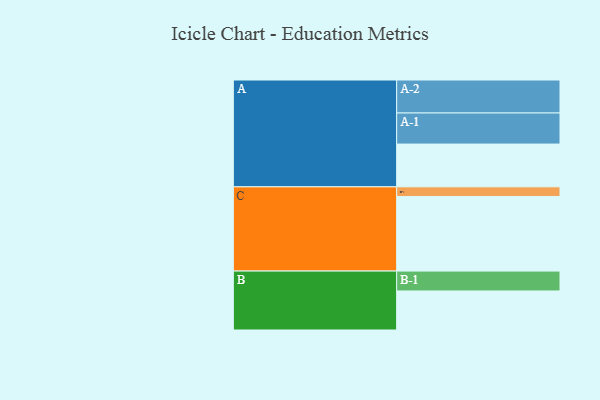
{"axis": {"x": "Segment", "y": "Value"}, "legend": ["", "A", "B", "C"], "data": [{"x": "A", "y": 333, "type": ""}, {"x": "B", "y": 304, "type": ""}, {"x": "C", "y": 581, "type": ""}, {"x": "A-1", "y": 242, "type": "A"}, {"x": "A-2", "y": 257, "type": "A"}, {"x": "B-1", "y": 155, "type": "B"}, {"x": "C-1", "y": 75, "type": "C"}]}